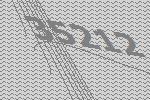
35212